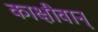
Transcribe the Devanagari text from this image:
काक्षीवान्